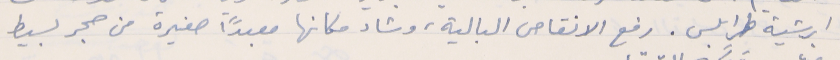
ابرشية طرابلس. رفع الانقاص البالية، وشاد مكانها معبداً صغيرة من حجر بسيط